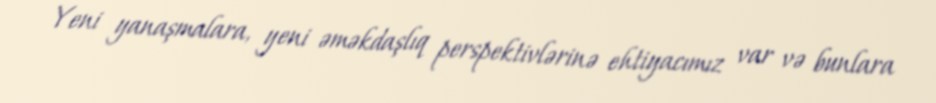
Yeni yanaşmalara, yeni əməkdaşlıq perspektivlərinə ehtiyacımız var və bunlara